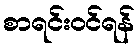
စာရင်းဝင်ရန်